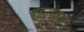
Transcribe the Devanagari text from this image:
बहुउपकार